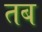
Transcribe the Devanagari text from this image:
तब